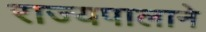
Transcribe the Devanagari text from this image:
राज्यपालाने